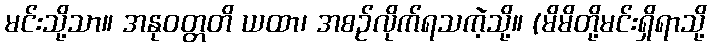
မင်းသို့သာ။ အနုဝတ္တတိ ယထာ၊ အစဉ်လိုက်ရသကဲ့သို့။ (မိမိတို့မင်းရှိရာသို့